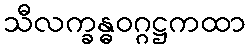
သီလက္ခန္ဓဝဂ္ဂဋ္ဌကထာ